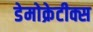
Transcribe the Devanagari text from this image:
डेमोक्रेटीक्स